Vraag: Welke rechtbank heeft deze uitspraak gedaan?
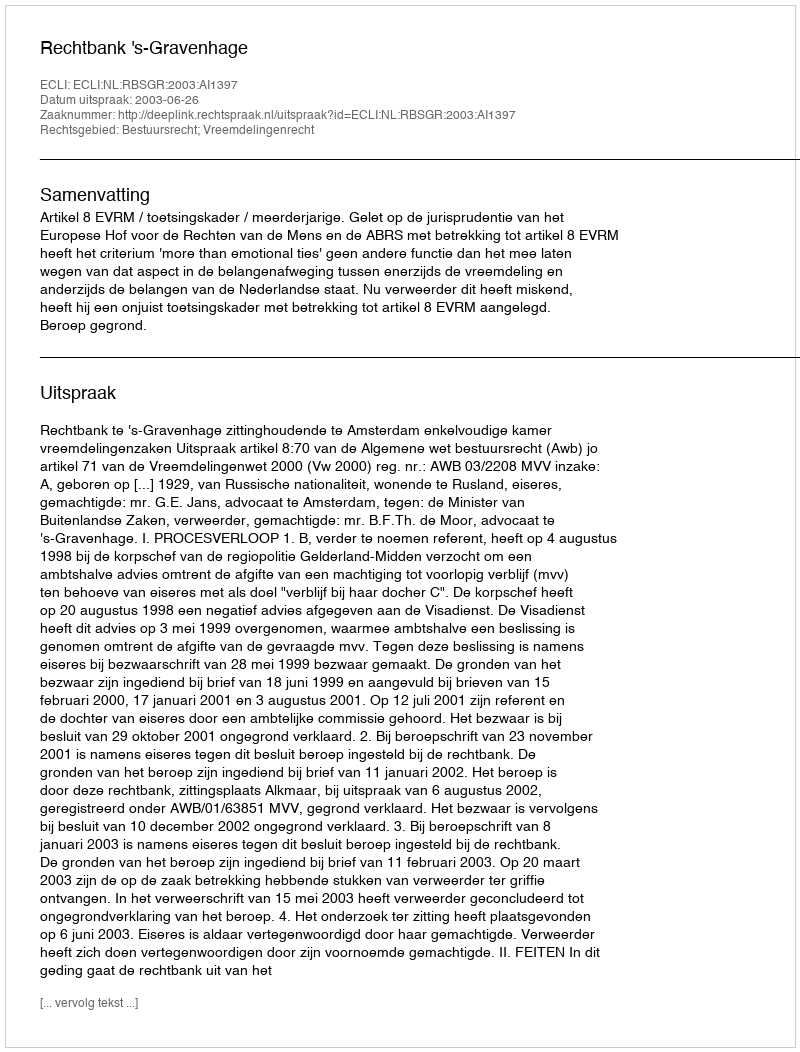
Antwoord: Rechtbank 's-Gravenhage